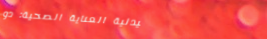
صيدلية العناية الصحية: دو